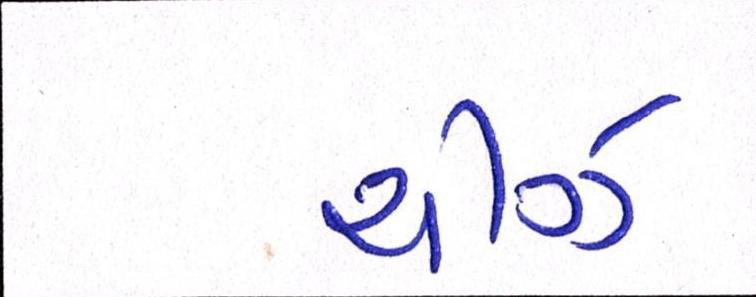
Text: ચીઝ